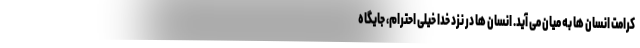
کرامت انسان ها به میان می آید. انسان ها در نزد خدا خیلی احترام، جایگاه